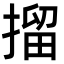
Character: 㨨